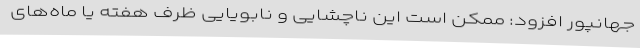
جهانپور افزود: ممکن است این ناچشایی و نابویایی ظرف هفته یا ماه‌های